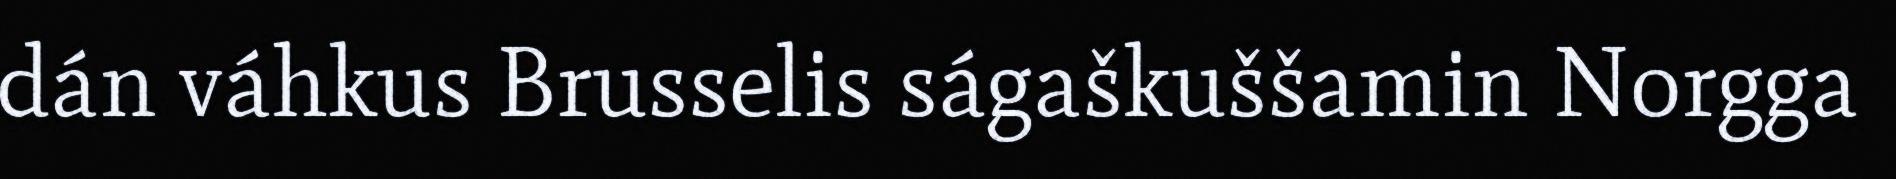
dán váhkus Brusselis ságaškuššamin Norgga